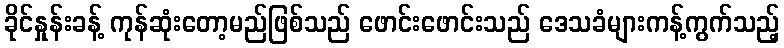
ခိုင်နှုန်းခန့် ကုန်ဆုံးတော့မည်ဖြစ်သည် ဖောင်းဖောင်းသည် ဒေသခံများကန့်ကွက်သည့်